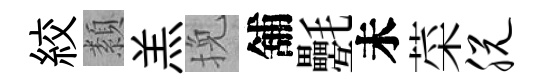
絞纇羔挽舖氎未菜脱